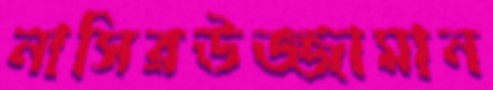
নাসিরউজ্জামান